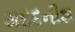
મદદનીશ